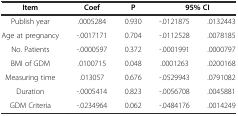
<table><thead><tr><td><b>Item</b></td><td><b>Coef</b></td><td><b>P</b></td><td colspan="2"><b>95% CI</b></td></tr></thead><tbody><tr><td>Publish year</td><td>.0005284</td><td>0.930</td><td>-.0121875</td><td>.0132443</td></tr><tr><td>Age at pregnancy</td><td>-.0017171</td><td>0.704</td><td>-.0112528</td><td>.0078185</td></tr><tr><td>No. Patients</td><td>-.0000597</td><td>0.372</td><td>-.0001991</td><td>.0000797</td></tr><tr><td>BMI of GDM</td><td>.0100715</td><td>0.048</td><td>.0001263</td><td>.0200168</td></tr><tr><td>Measuring time</td><td>.013057</td><td>0.676</td><td>-.0529943</td><td>.0791082</td></tr><tr><td>Duration</td><td>-.0005414</td><td>0.823</td><td>-.0056708</td><td>.0045881</td></tr><tr><td>GDM Criteria</td><td>-.0234964</td><td>0.062</td><td>-.0484176</td><td>.0014249</td></tr></tbody></table>